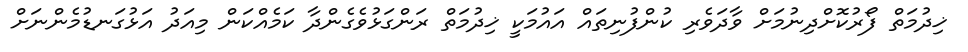
ޚިދުމަތް ފޯރުކޮށްދިނުމަށް ވާދަވެރި ކުންފުނިތައް އައުމަކީ ޚިދުމަތް ރަންގަޅުވެގެންދާ ކަމެއްކަން މިއަދު އަޅުގަނޑުމެންނަށް